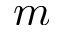
m